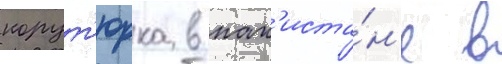
корут'юрка в пак'иста́н'е в